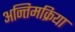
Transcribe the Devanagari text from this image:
अन्तिमक्रिया